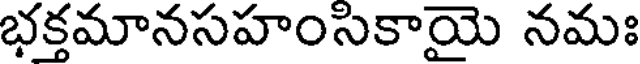
భక్తమానసహంసికాయై నమః